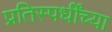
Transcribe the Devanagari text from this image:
प्रतिस्पर्धींच्या